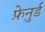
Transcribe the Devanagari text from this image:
फ़ेनुर्ड